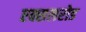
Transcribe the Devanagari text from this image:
एक्सलरोड